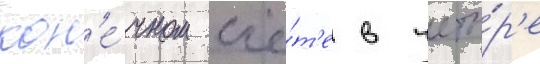
кон'е́чном счё́т'е в четы́р'е